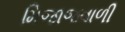
મિજાજવાળી